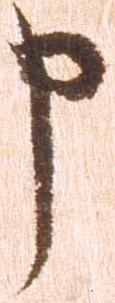
申